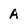
Character: A